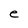
Character: e